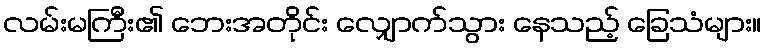
လမ်းမကြီး၏ ဘေးအတိုင်း လျှောက်သွား နေသည့် ခြေသံများ။